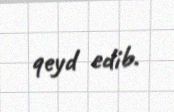
qeyd edib.